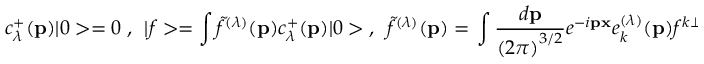
c _ { \lambda } ^ { + } ( { \bf p } ) | 0 > = 0 \; , ~ ~ | f > = \int { \tilde { f } } ^ { ( \lambda ) } ( { \bf p ) } c _ { \lambda } ^ { + } ( { \bf p ) } | 0 > \; , ~ ~ { \tilde { f } } ^ { ( \lambda ) } ( { \bf p ) } = \left. \int \frac { d { \bf p } } { \left( 2 \pi \right) ^ { 3 / 2 } } e ^ { - i { \bf p x } } e _ { k } ^ { ( \lambda ) } ( { \bf p } ) f ^ { k \perp } ( x ) \right| _ { x ^ { 0 } = 0 } \; ,